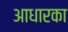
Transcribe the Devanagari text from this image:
आधारका